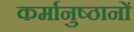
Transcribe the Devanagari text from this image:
कर्मानुष्ठानों